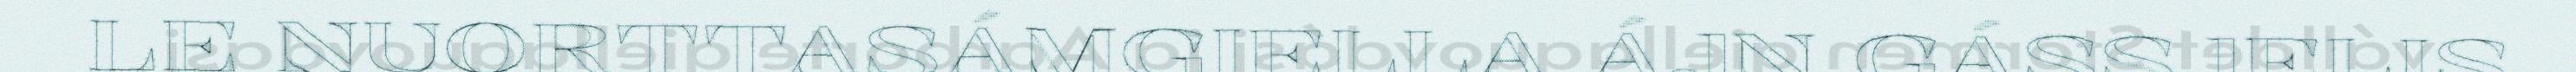
LE NUORTTASÁMGIELLA ÁJN GÁSSJELIS